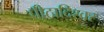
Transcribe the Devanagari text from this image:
पीठादिश्वर